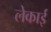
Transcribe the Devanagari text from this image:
लेकाई